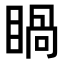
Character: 𥈓